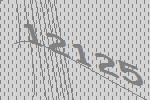
12125